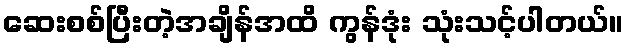
ဆေးစစ်ပြီးတဲ့အချိန်အထိ ကွန်ဒုံး သုံးသင့်ပါတယ်။